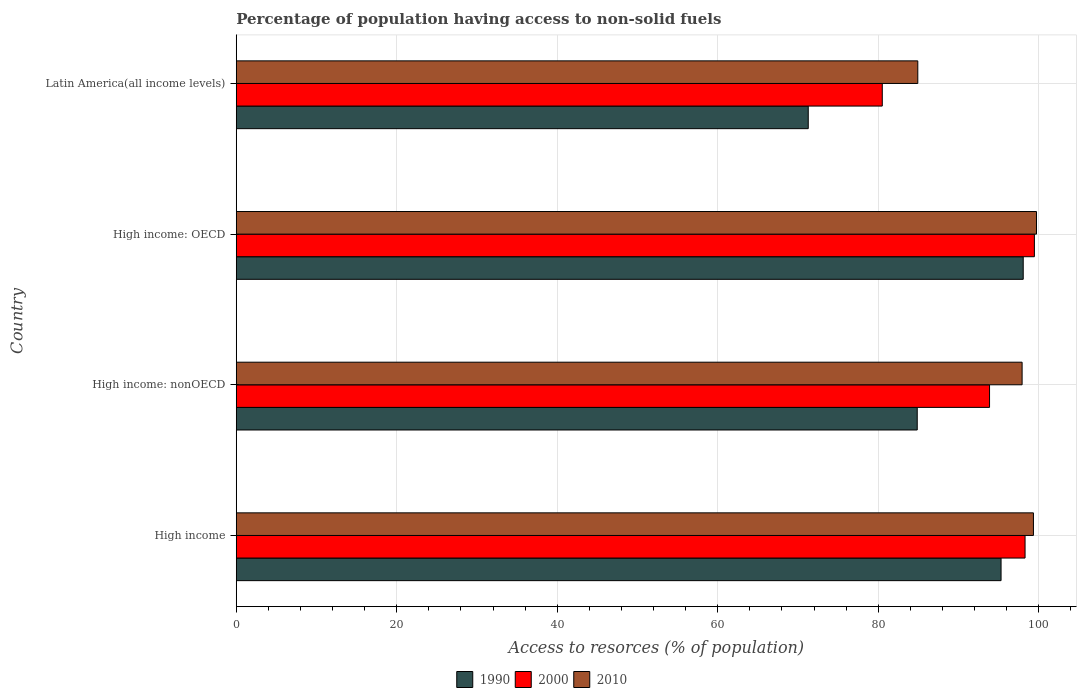
| Country | 1990 | 2000 | 2010 |
 | --- | --- | --- | --- |
 | High income | 95.3 | 98.3 | 99.3 |
 | High income: nonOECD | 84.9 | 93.9 | 97.9 |
 | High income: OECD | 98.1 | 99.5 | 99.7 |
 | Latin America(all income levels) | 71.3 | 80.5 | 84.9 |